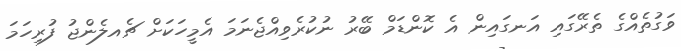
ވަގުތެއްގެ ތެރޭގައި އަނގައިން އެ ކޮންޑަމް ބޭރު ނުކުރެވިއްޖެނަމަ އެމީހަކަށް ޗެއލެންޖު ފުރިހަމަ